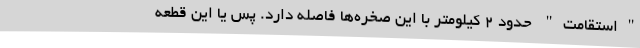
"استقامت" حدود ۲ کیلومتر با این صخره‌ها فاصله دارد. پس یا این قطعه